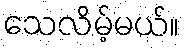
သေလိမ့်မယ်။